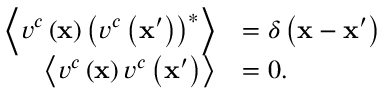
\begin{array} { r l } { \left\langle v ^ { c } \left( \mathbf { x } \right) \left( v ^ { c } \left( \mathbf { x } ^ { \prime } \right) \right) ^ { * } \right\rangle } & { = \delta \left( \mathbf { x } - \mathbf { x } ^ { \prime } \right) } \\ { \left\langle v ^ { c } \left( \mathbf { x } \right) v ^ { c } \left( \mathbf { x } ^ { \prime } \right) \right\rangle } & { = 0 . } \end{array}